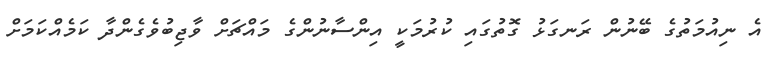
އެ ނިއުމަތުގެ ބޭނުން ރަނގަޅު ގޮތުގައި ކުރުމަކީ އިންސާނުންގެ މައްޗަށް ވާޖިބުވެގެންދާ ކަމެއްކަމަށް